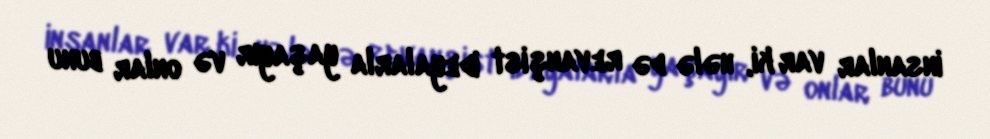
insanlar var ki, hələ də revanşist ideyalarla yaşayır və onlar bunu